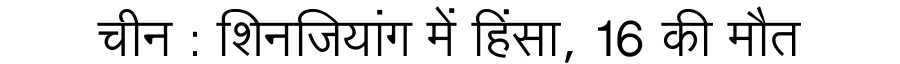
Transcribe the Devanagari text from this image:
चीन : शिनजियांग में हिंसा, 16 की मौत